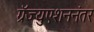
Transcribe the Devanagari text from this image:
ग्रॅज्युएशननंतर